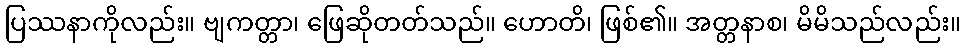
ပြဿနာကိုလည်း။ ဗျကတ္တာ၊ ဖြေဆိုတတ်သည်။ ဟောတိ၊ ဖြစ်၏။ အတ္တနာစ၊ မိမိသည်လည်း။